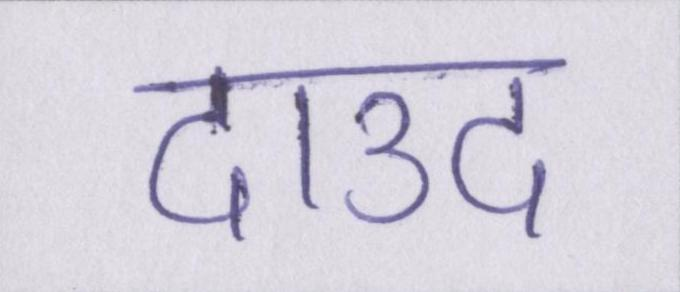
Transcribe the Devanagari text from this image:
दाउद